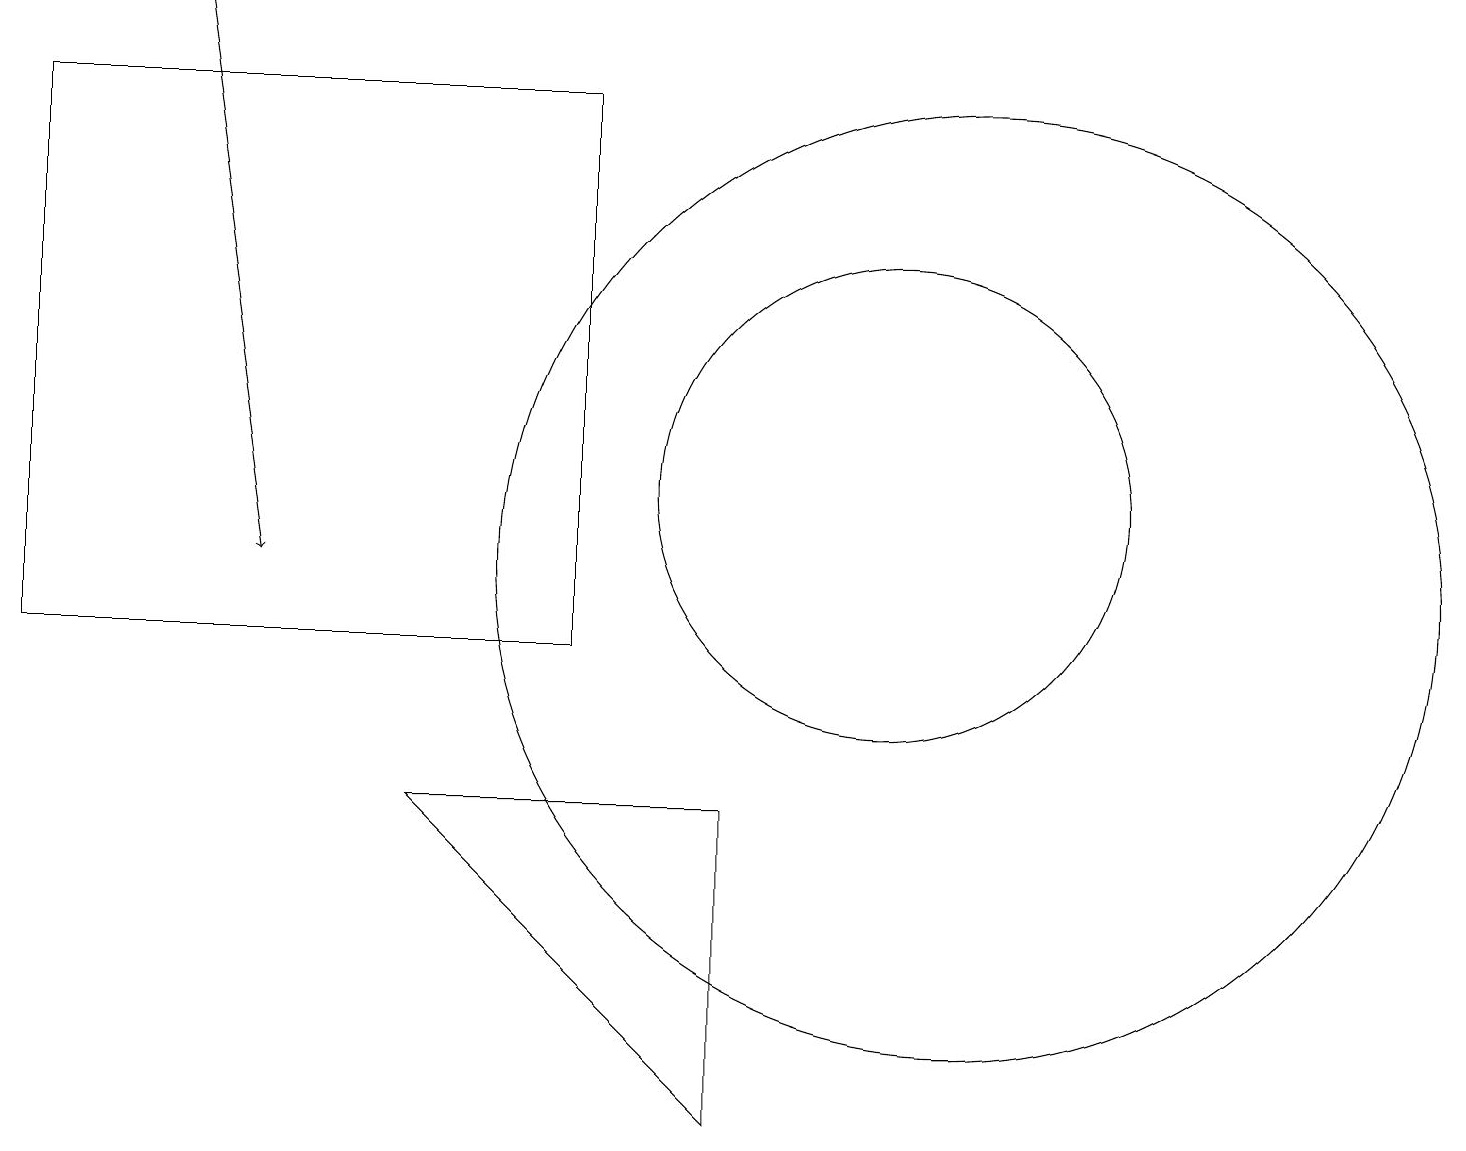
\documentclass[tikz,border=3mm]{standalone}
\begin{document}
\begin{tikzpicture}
\draw (11,12) circle (3);
\draw (0,10) rectangle (7,17);
\draw (9,4) -- (5,8) -- (9,8) -- cycle;
\draw (12,11) circle (6);
\draw[->] (2,18) -- (3,11);
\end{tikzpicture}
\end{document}